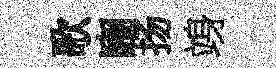
歌豳扬竧